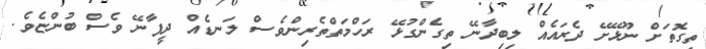
ތިގޮތަށް ނޫޅޭށޭ ދެރައެއް ލިބިދާނޭ ތިގެންގުޅޭ ރަހްމަތްތެރިންވެސް ލަނޑެއް ދީފާނޭ ވެސް ބުންޏެވެ.